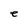
Character: e